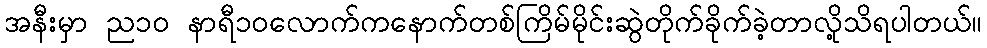
အနီးမှာ ည၁၀ နာရီ၁၀လောက်ကနောက်တစ်ကြိမ်မိုင်းဆွဲတိုက်ခိုက်ခဲ့တာလို့သိရပါတယ်။